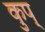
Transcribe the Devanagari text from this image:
कुप्